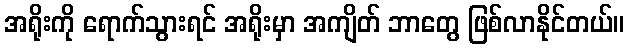
အရိုးကို ရောက်သွားရင် အရိုးမှာ အကျိတ် ဘာတွေ ဖြစ်လာနိုင်တယ်။